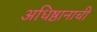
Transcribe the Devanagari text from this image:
अधिष्ठानाची